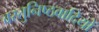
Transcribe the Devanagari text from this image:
वस्तुनिष्ठवादियों